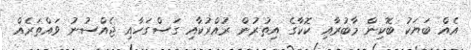
އެއް ބަޔަކު ބޮކިން މާބުރާއި ކޮކާގެ އިތުރުން ރުއްރުކާއި ގަސްގަހާއި ޖެއްސުނު ވައްތަރެއް